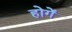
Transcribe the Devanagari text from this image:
होगेंं